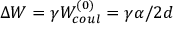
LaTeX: \Delta W = \gamma W _ { c o u l } ^ { ( 0 ) } = \gamma \alpha / 2 d